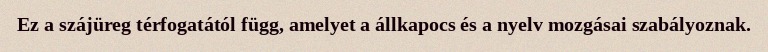
Ez a szájüreg térfogatától függ, amelyet a állkapocs és a nyelv mozgásai szabályoznak.